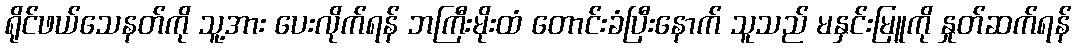
ရိုင်ဖယ်သေနတ်ကို သူ့အား ပေးလိုက်ရန် ဘကြီးမိုးထံ တောင်းခံပြီးနောက် သူသည် မနှင်းမြူကို နှုတ်ဆက်ရန်